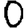
Digit: 0